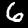
Label: 6